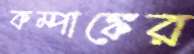
কম্পাঙ্কের